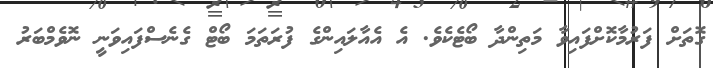
ގޮތަށް ފަރުމާކޮށްފައިވާ މަތިންދާ ބޯޓެކެވެ. އެ އެއާލައިންގެ ފުރަތަމަ ބޯޓް ގެނެސްފައިވަނީ ނޮވެމްބަރު